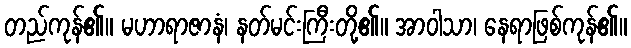
တည်ကုန်၏။ မဟာရာဇာနံ၊ နတ်မင်းကြီးတို့၏။ အာဝါသာ၊ နေရာဖြစ်ကုန်၏။